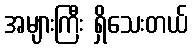
အများကြီး ရှိသေးတယ်